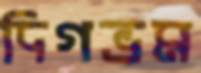
দিগভ্রম